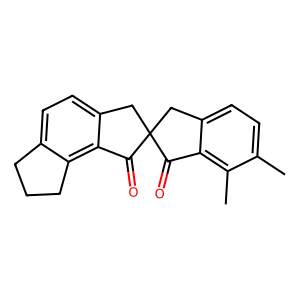
SMILES: Cc1ccc2c(c1C)C(=O)C1(C2)Cc2ccc3c(c2C1=O)CCC3
Inhibits HIV replication: No